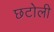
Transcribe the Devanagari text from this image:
छटोली